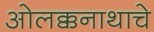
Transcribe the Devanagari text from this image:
ओलक्कनाथाचे